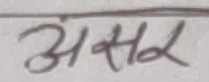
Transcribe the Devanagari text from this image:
असर